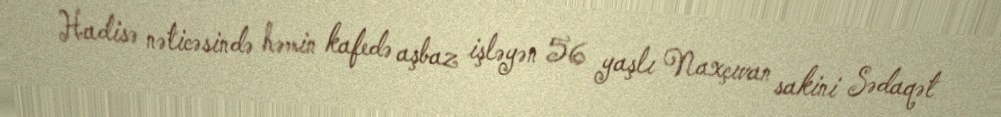
Hadisə nəticəsində həmin kafedə aşbaz işləyən 56 yaşlı Naxçıvan sakini Sədaqət